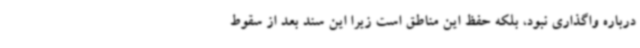
درباره واگذاری نبود، بلکه حفظ این مناطق است زیرا این سند بعد از سقوط